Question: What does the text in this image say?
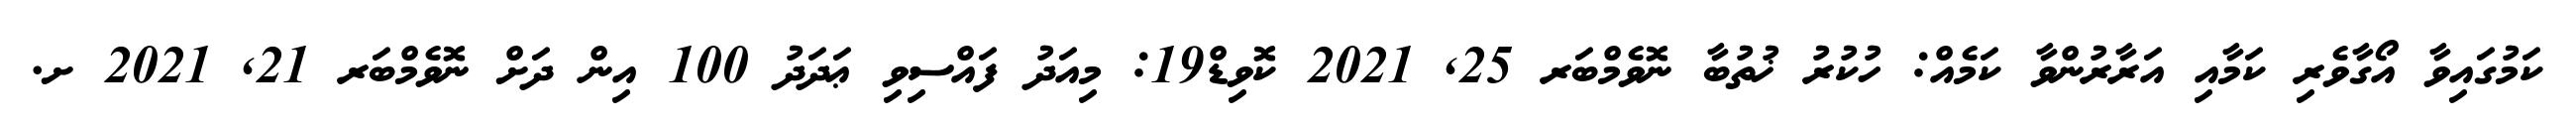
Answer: ކަމުގައިވާ އޯގާވެރި ކަމާއި އަރާރުންވާ ކަމެއް: ހުކުރު ޚުތުބާ ނޮވެމްބަރ 25, 2021 ކޮވިޑް19: މިއަދު ފައްސިވި ޢަދަދު 100 އިން ދަށް ނޮވެމްބަރ 21, 2021 ށ.